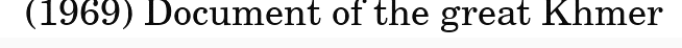
(1969) Document of the great Khmer